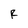
Character: R